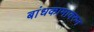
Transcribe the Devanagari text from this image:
बांधकामावरुन